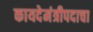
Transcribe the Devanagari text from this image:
कायदेमंत्रीपदाचा